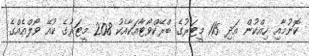
ކޮނުމާއި ހިއްކުން އަދި 115 މީޓަރުގެ ބްރޭކްވޯޓާއަކާއެކު 208 މީޓަރުގެ ކުއޭ ވޯލްއެއްގެ